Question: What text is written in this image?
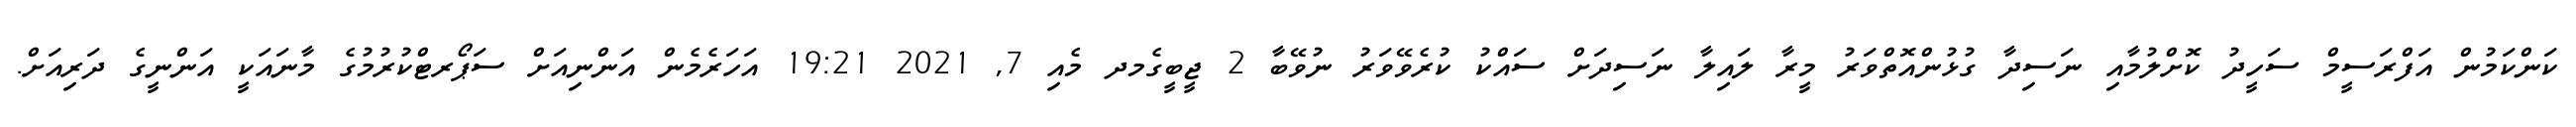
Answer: ކަންކަމުން އަފްރަސީމް ސަހީދު ކޮށްލުމާއި ނަސިދާ ގުޅުންއޮތްވަރު މީރާ ލައިލާ ނަސިދަށް ސައްކު ކުރެވޭވަރު ނުވޭބާ 2 ޖީބީގެމދ މެއި 7, 2021 19:21 އަހަރެމެން އަންނިއަށް ސަޕޯރޓްކުރުމުގެ މާނައަކީ އަންނީގެ ދަރިއަށް.